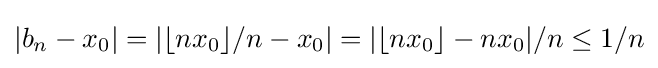
|b_{n}-x_{0}|=|\lfloor nx_{0}\rfloor /n-x_{0}|=|\lfloor nx_{0}\rfloor -nx_{0}|/n\leq 1/n